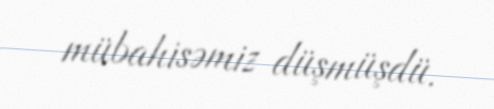
mübahisəmiz düşmüşdü.